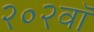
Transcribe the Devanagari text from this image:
२०२वॉ